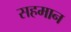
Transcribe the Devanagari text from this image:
सहमान